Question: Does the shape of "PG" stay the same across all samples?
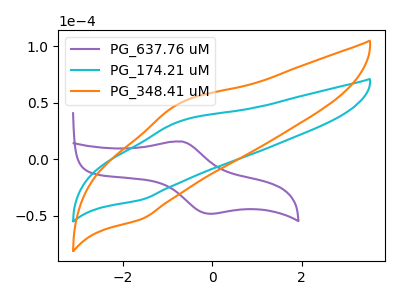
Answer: <think>The purple curve "PG_637.76 uM" has an anodic peak at (-0.70V, 15.60uA) and a cathodic peak at (-0.05V, -48.30uA). The cyan curve "PG_174.21 uM" has an anodic peak at (-0.75V, 33.40uA) and a cathodic peak at (-1.55V, -35.80uA). The orange curve "PG_348.41 uM" has an anodic peak at (-0.75V, 49.35uA) and a cathodic peak at (-1.55V, -52.90uA).
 "PG_637.76 uM" and "PG_174.21 uM" have at least one peak that do not match. "PG_637.76 uM" and "PG_348.41 uM" have at least one peak that do not match. All the peaks in "PG_174.21 uM" have a peak in "PG_348.41 uM" at the same potential. Every peak in "PG_174.21 uM" is lower than every peak in "PG_348.41 uM".</think>
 <answer>All the CV's of "PG" have similar shape.</answer>
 <eval>follow_rule</eval>